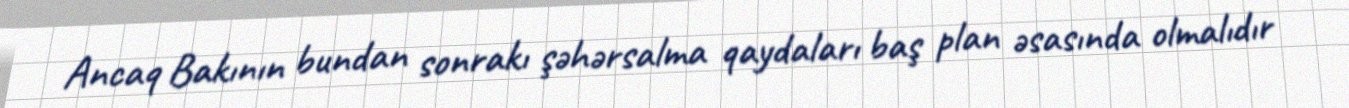
Ancaq Bakının bundan sonrakı şəhərsalma qaydaları baş plan əsasında olmalıdır